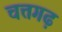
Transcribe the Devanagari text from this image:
चत्तगढ़